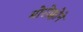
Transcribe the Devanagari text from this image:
मोरोक्कोने